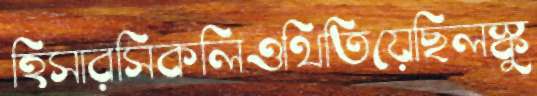
হিসারসিকলিওথিতিয়েছিলস্কু